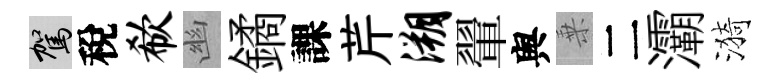
駕稅欷幽鐍課芹溯翬舆乗二灞漪